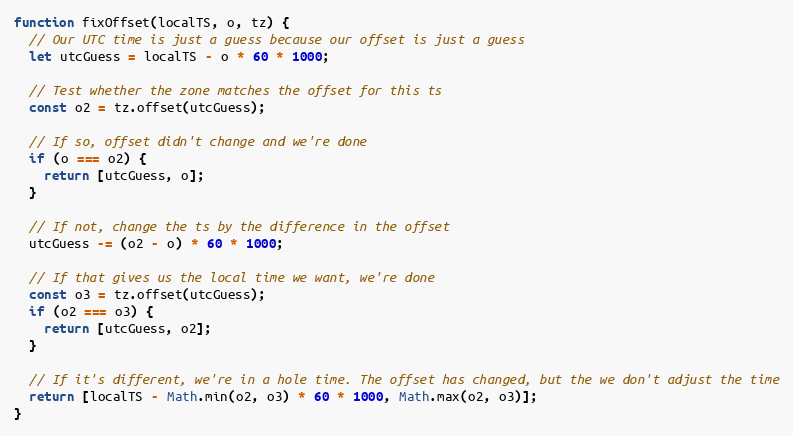
Language: JavaScript
function fixOffset(localTS, o, tz) {
  // Our UTC time is just a guess because our offset is just a guess
  let utcGuess = localTS - o * 60 * 1000;

  // Test whether the zone matches the offset for this ts
  const o2 = tz.offset(utcGuess);

  // If so, offset didn't change and we're done
  if (o === o2) {
    return [utcGuess, o];
  }

  // If not, change the ts by the difference in the offset
  utcGuess -= (o2 - o) * 60 * 1000;

  // If that gives us the local time we want, we're done
  const o3 = tz.offset(utcGuess);
  if (o2 === o3) {
    return [utcGuess, o2];
  }

  // If it's different, we're in a hole time. The offset has changed, but the we don't adjust the time
  return [localTS - Math.min(o2, o3) * 60 * 1000, Math.max(o2, o3)];
}